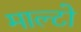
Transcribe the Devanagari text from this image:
माल्टो